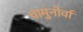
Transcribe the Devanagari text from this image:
चामुनोर्वा